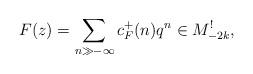
LaTeX: \begin{align*}F(z)=\sum_{n\gg-\infty} c_F^+(n)q^n\in M^!_{-2k},\end{align*}